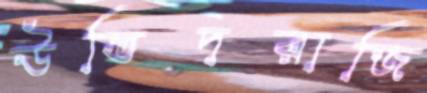
উদ্ভিদরাজি